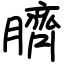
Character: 臍